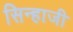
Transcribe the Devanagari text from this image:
सिन्हाजी